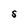
Character: S